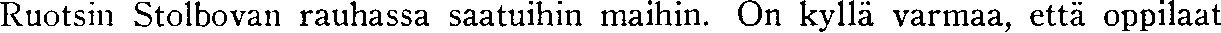
Ruotsin Stolbovan rauhassa saatuihin maihin. On kyllä varmaa, että oppilaat